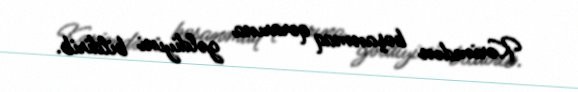
Kərimdən boşanmaq qərarına gəldiyini bildirib.